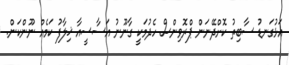
އަޅުގަނޑު ސާބިތު ކޮށްދޭނަން ޕްރޮވިންސް ހެދުމަކީ ގާނޫނު އަސާސީއާ ޚިލާފު ކަމެއް ނޫންކަން.